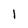
Character: 1